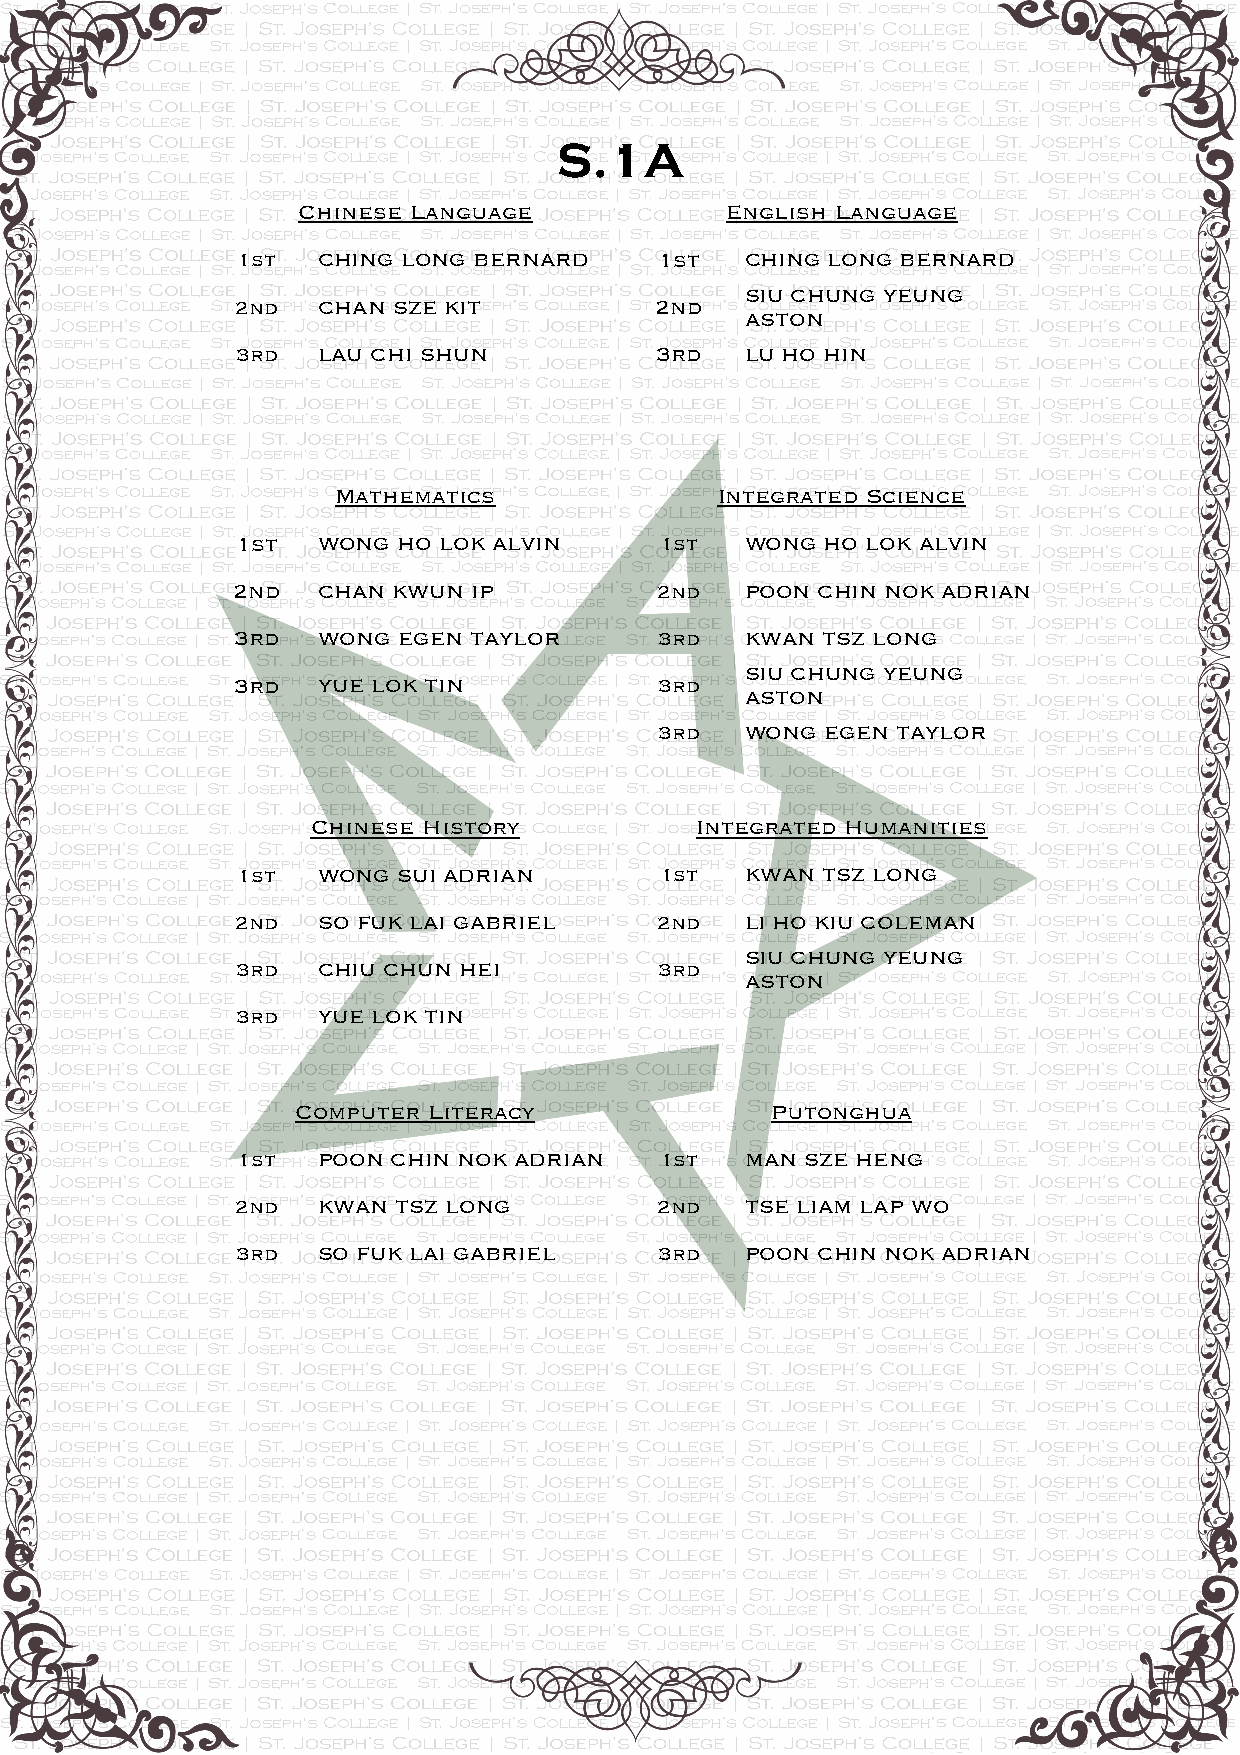
S.1A
 Chinese Language            English Language
 1st  CHING LONG BERNARD     1st  CHING LONG BERNARD
 SIU CHUNG YEUNG
 2nd  CHAN SZE KIT          2nd
 ASTON
 3rd  LAU CHI SHUN          3rd   LU HO HIN
 Mathematics              Integrated Science
 1st  WONG HO LOK ALVIN      1st  WONG  HO LOK ALVIN
 2nd   CHAN KWUN IP          2nd   POON CHIN NOK ADRIAN
 3rd   WONG EGEN TAYLOR       3rd  KWAN TSZ LONG
 SIU CHUNG YEUNG
 3rd   YUE LOK TIN            3rd
 ASTON
 3rd  WONG  EGEN TAYLOR
 Chinese History          Integrated Humanities
 1st  WONG SUI ADRIAN        1st  KWAN TSZ LONG
 2nd  SO FUK LAI GABRIEL    2nd   LI HO KIU COLEMAN
 SIU CHUNG YEUNG
 3rd  CHIU CHUN HEI          3rd
 ASTON
 3rd  YUE LOK TIN
 Computer Literacy              Putonghua
 1st  POON CHIN NOK ADRIAN   1st  MAN SZE HENG
 2nd  KWAN TSZ LONG         2nd   TSE LIAM LAP WO
 3rd  SO FUK LAI GABRIEL     3rd  POON CHIN NOK ADRIAN